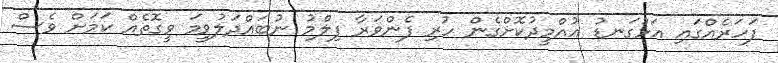
ފަހަރެއްގައި އަޅުގަނޑު އުއްމީދުކޮށްގެން ހުރި ފެންވަރާ ފިލްމު ނުބައްދަލުވީމަ ވީގޮތެއް ކަމަށް ވެސް